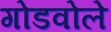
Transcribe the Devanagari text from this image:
गोडवोले